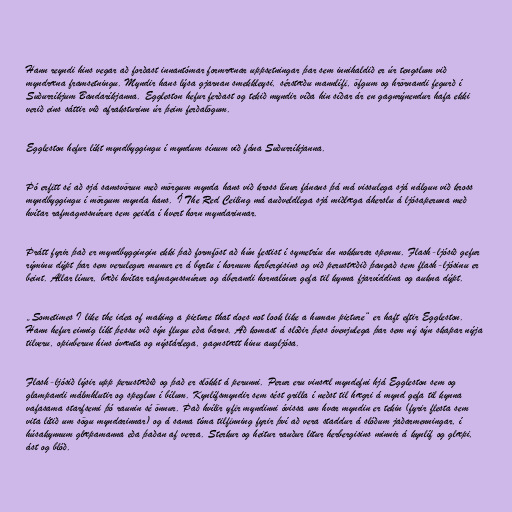
Hann reyndi hins vegar að forðast innantómar formrænar uppsetningar þar sem innihaldið er úr tengslum við
myndræna framsetningu. Myndir hans lýsa gjarnan smekkleysi, sérstæðu mannlífi, öfgum og hrörnandi fegurð í
Suðurríkjum Bandaríkjanna. Eggleston hefur ferðast og tekið myndir víða hin síðar ár en gagnrýnendur hafa ekki
verið eins sáttir við afraksturinn úr þeim ferðalögum.

Eggleston hefur líkt myndbyggingu í myndum sínum við fána Suðurríkjanna.

Þó erfitt sé að sjá samsvörun með mörgum mynda hans við kross línur fánans þá má vissulega sjá nálgun við kross
myndbyggingu í mörgum mynda hans. Í The Red Ceiling má auðveldlega sjá miðlæga áherslu á ljósaperuna með
hvítar rafmagnssnúrur sem geisla í hvert horn myndarinnar.

Þrátt fyrir það er myndbyggingin ekki það formföst að hún festist í symetríu án nokkurar spennu. Flash-ljósið gefur
rýminu dýpt þar sem verulegur munur er á byrtu í hornum herbergisins og við perustæðið þangað sem flash-ljósinu er
beint. Allar línur, bæði hvítar rafmagnssnúrur og áberandi hornalínur gefa til kynna fjarvíddina og aukna dýpt.

„Sometimes I like the idea of making a picture that does not look like a human picture“ er haft eftir Eggleston.
Hann hefur einnig líkt þessu við sýn flugu eða barns. Að komast á slóðir þess óvenjulega þar sem ný sýn skapar nýja
tilveru, opinberun hins óvænta og nýstárlega, gagnstætt hinu augljósa.

Flash-ljósið lýsir upp perustæðið og það er slökkt á perunni. Perur eru vinsæl myndefni hjá Eggleston sem og
glampandi málmhlutir og speglun í bílum. Kynlífsmyndir sem sést grilla í neðst til hægri á mynd gefa til kynna
vafasama starfsemi þó raunin sé önnur. Það hvílir yfir myndinni óvissa um hvar myndin er tekin (fyrir flesta sem
vita lítið um sögu myndarinnar) og á sama tíma tilfinning fyrir því að vera staddur á slóðum jaðarmenningar, í
húsakynnum glæpamanna eða þaðan af verra. Sterkur og heitur rauður litur herbergisins minnir á kynlíf og glæpi,
ást og blóð.